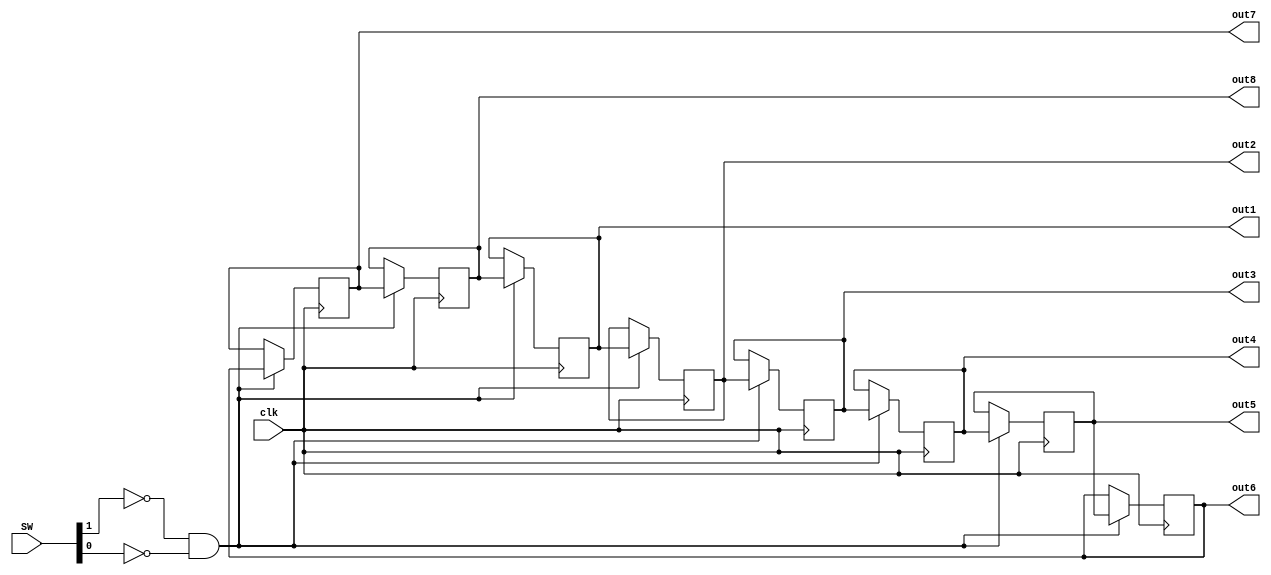
module SEG_Drv(
input [1:0]SW,
input clk,
output reg[3:0]out1,
output reg[3:0]out2,
output reg[3:0]out3,
output reg[3:0]out4,
output reg[3:0]out5,
output reg[3:0]out6,
output reg[3:0]out7,
output reg[3:0]out8
    );
	 
  wire shit;
  initial begin 
  out1 = 4'b0001;
  out2 = 4'b0010;
  out3 = 4'b0011;
  out4 = 4'b0100;
  out5 = 4'b0101;
  out6 = 4'b0110;
  out7 = 4'b0111;
  out8 = 4'b1000;
  temp = 4'b0000;
  end
  reg [3:0] temp;
   always@(posedge clk)begin
	if(SW[1] == 0 && SW[0] == 0) begin
	temp = out8;
	out8 = out7;
	out7 = out6;
	out6 = out5;
	out5 = out4;
	out4 = out3;
	out3 = out2;
	out2 = out1;
	out1 = temp;
	end
	end
//  shift8 fuck1(shit,8'b0,out8[0],SW[1],{out1[0],out2[0],out3[0],out4[0],out5[0],out6[0],out7[0],out8[0]});
//  shift8 fuck2(shit,8'b0,out8[1],SW[1],{out1[1],out2[1],out3[1],out4[1],out5[1],out6[1],out7[1],out8[1]});
//  shift8 fuck3(shit,8'b0,out8[2],SW[1],{out1[2],out2[2],out3[2],out4[2],out5[2],out6[2],out7[2],out8[2]});
//  shift8 fuck4(shit,8'b0,out8[3],SW[1],{out1[3],out2[3],out3[3],out4[3],out5[3],out6[3],out7[3],out8[3]});
//  clk, 

 
endmodule